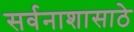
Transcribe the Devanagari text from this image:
सर्वनाशासाठे